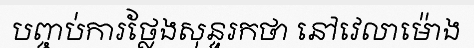
បញ្ចប់ការថ្លែងសុន្ទរកថា នៅវេលាម៉ោង